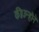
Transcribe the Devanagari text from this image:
की।उन्होने